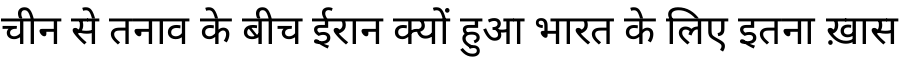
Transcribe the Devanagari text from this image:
चीन से तनाव के बीच ईरान क्यों हुआ भारत के लिए इतना ख़ास